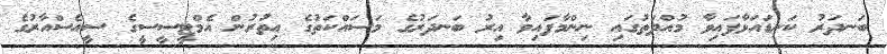
ބަނދަރު ކަނޑައަޅާފައިވާ މުއްދަތުގައި ނިންމާފައިވާ އިރު ބަނދަރުގެ މަސައްކަތުގެ އިތުރުން އެމްޓީސީސީގެ ސީއެސްއާރުގެ